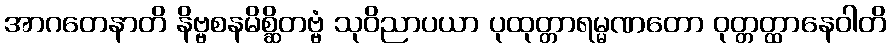
အာဂတေနာတိ နိဗ္ဗစနမိစ္ဆိတဗ္ဗံ သုဝိညာပယာ ပုထုတ္တာရမ္မဏတော ဝုတ္တတ္ထာနေဝါတိ